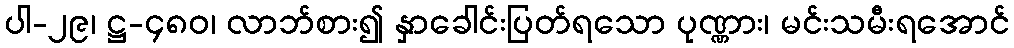
ပါ-၂၉၊ ဋ္ဌ-၄၈၀၊ လာဘ်စား၍ နှာခေါင်းပြတ်ရသော ပုဏ္ဏား၊ မင်းသမီးရအောင်